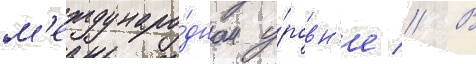
м'еждунаро́дном у́ровн'е // В